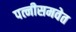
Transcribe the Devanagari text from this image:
पत्नीसमवेत